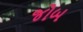
જોબ